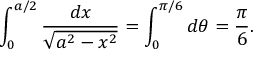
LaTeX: \int _ { 0 } ^ { a / 2 } { \frac { d x } { \sqrt { a ^ { 2 } - x ^ { 2 } } } } = \int _ { 0 } ^ { \pi / 6 } d \theta = { \frac { \pi } { 6 } } .